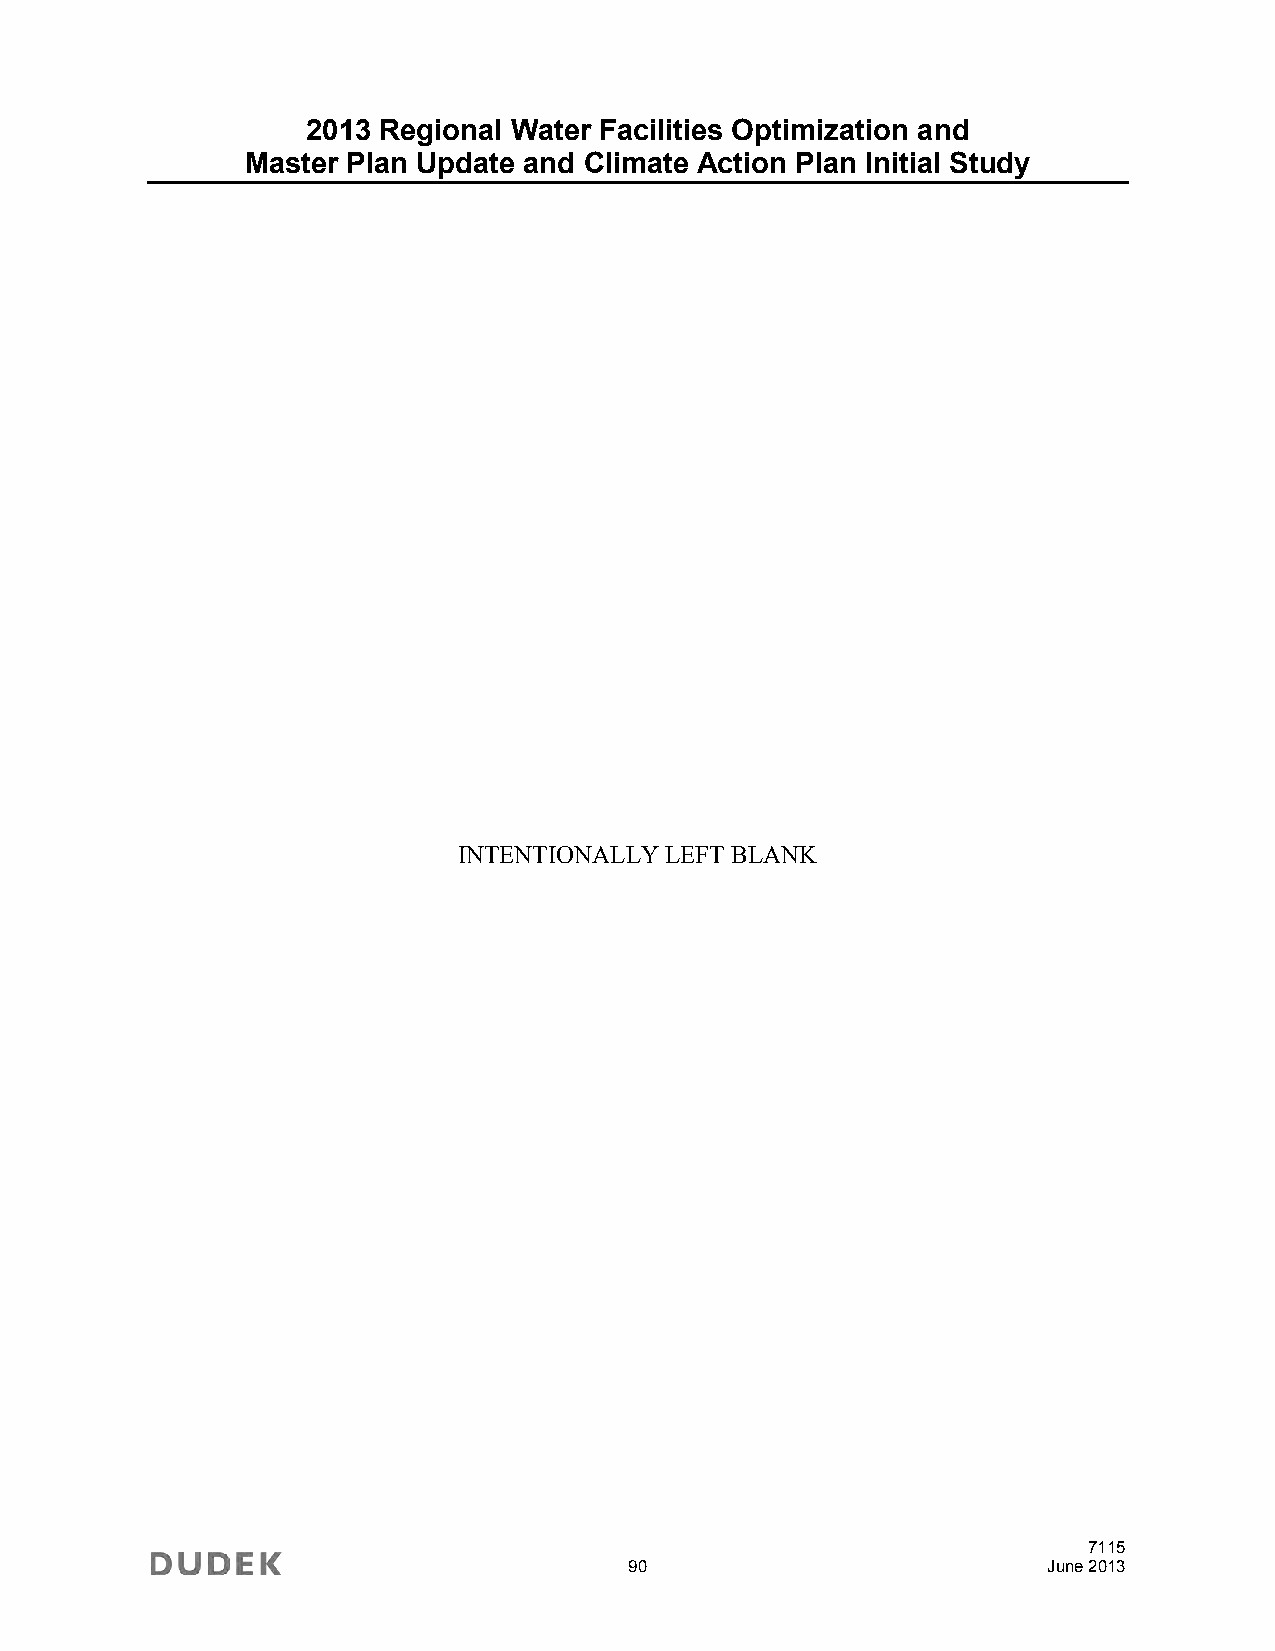
2013 Regional Water Facilities Optimization and
 Master Plan Update and Climate Action Plan Initial Study
 INTENTIONALLY LEFT BLANK
 7115
 90                         June 2013